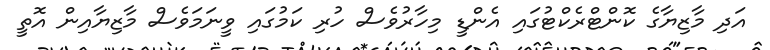
އަދި މާޒިޔާގެ ކޮންޓްރެކްޓުގައި އެންޑީ މިހާރުވެސް ހުރި ކަމުގައި ވީނަމަވެސް މާޒިޔާއިން އޮތީ